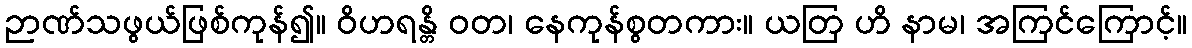
ဉာဏ်သဖွယ်ဖြစ်ကုန်၍။ ဝိဟရန္တိ ဝတ၊ နေကုန်စွတကား။ ယတြ ဟိ နာမ၊ အကြင်ကြောင့်။